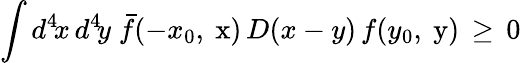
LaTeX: \int d^{4}\! x\, d^{4}\! y\; \bar{f}(-x_{0},\mathrm{\mathbf~x})\, D(x-y)\, f(y_{0},\mathrm{\mathbf~y})\, \ge\, 0